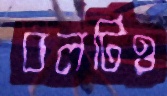
বলটিও